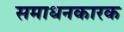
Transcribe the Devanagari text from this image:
समाधनकारक